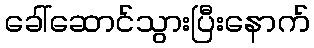
ခေါ်ဆောင်သွားပြီးနောက်